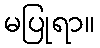
မပြုရာ။